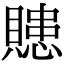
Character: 贃